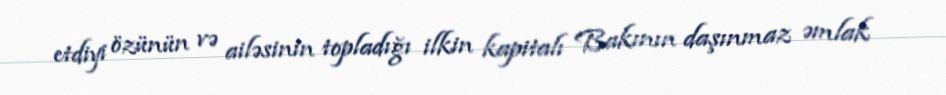
etdiyi özünün və ailəsinin topladığı ilkin kapitalı Bakının daşınmaz əmlak